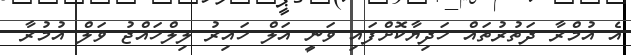
އެ އުމްރާ ދަތުރުތައް ހަދިޔާކޮށްފައި ވަނީ އަލް ހައިރު ލިލްހައްޖު ވަލް އުމުރާ